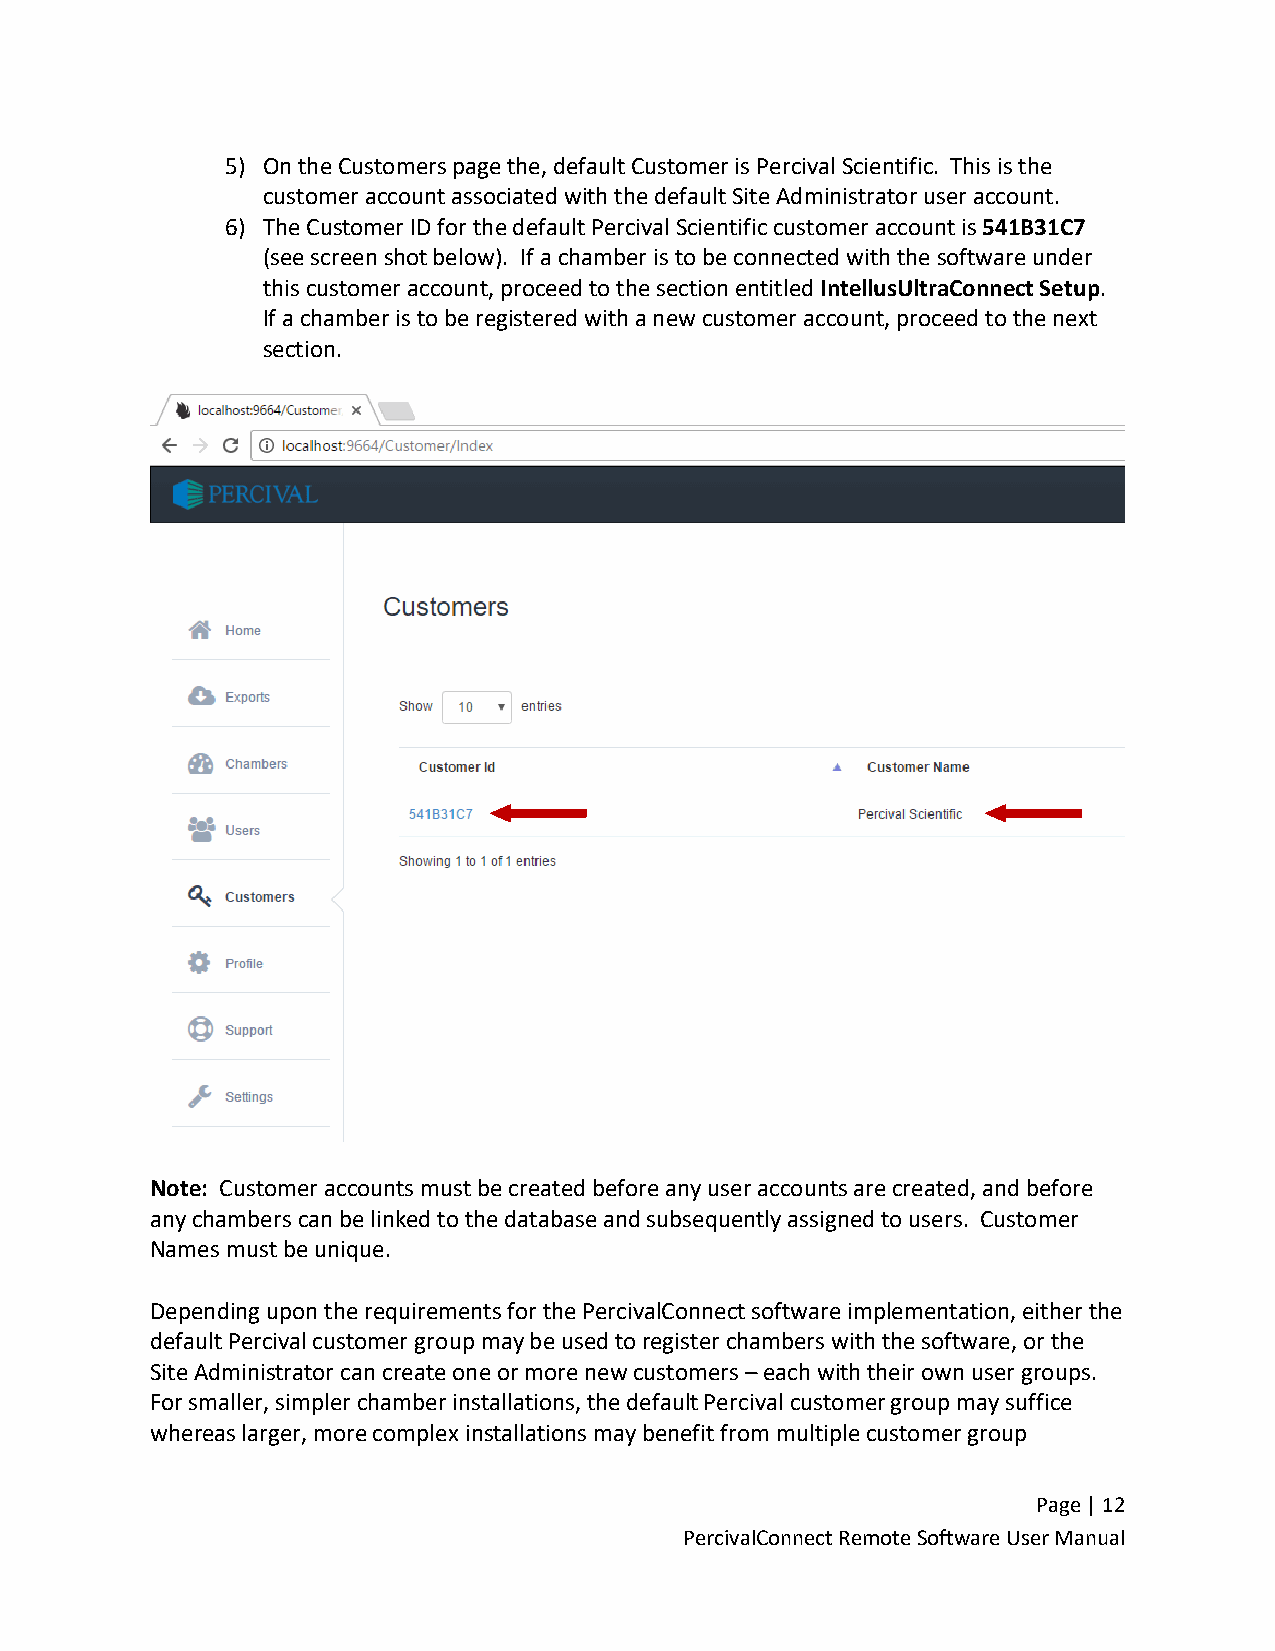
5) On the Customers page the, default Customer is Percival Scientific. This is the
 customer account associated with the default Site Administrator user account.
 6) The Customer ID for the default Percival Scientific customer account is 541B31C7
 (see screen shot below). If a chamber is to be connected with the software under
 this customer account, proceed to the section entitled IntellusUltraConnect Setup.
 If a chamber is to be registered with a new customer account, proceed to the next
 section.
 Note: Customer accounts must be created before any user accounts are created, and before
 any chambers can be linked to the database and subsequently assigned to users. Customer
 Names must be unique.
 Depending upon the requirements for the PercivalConnect software implementation, either the
 default Percival customer group may be used to register chambers with the software, or the
 Site Administrator can create one or more new customers – each with their own user groups.
 For smaller, simpler chamber installations, the default Percival customer group may suffice
 whereas larger, more complex installations may benefit from multiple customer group
 Page | 12
 PercivalConnect Remote Software User Manual